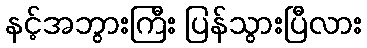
နင့်အဘွားကြီး ပြန်သွားပြီလား